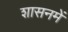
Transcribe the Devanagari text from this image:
शासनमें